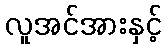
လူအင်အားနှင့်